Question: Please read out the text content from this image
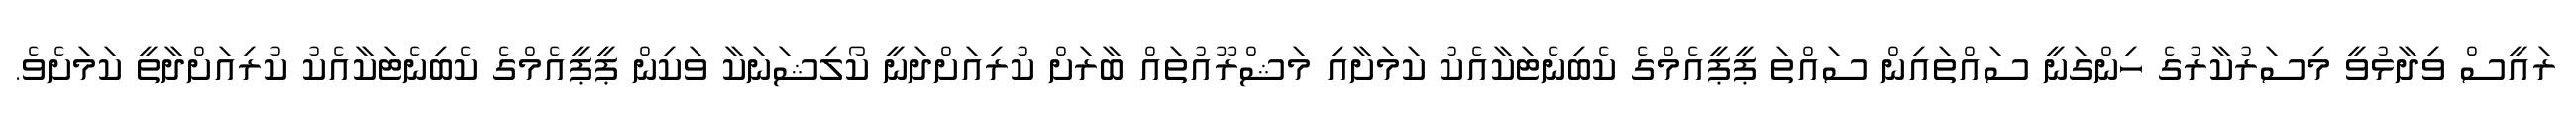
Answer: ރައީސް ވިދާޅުވީ މިސަރުކާރުގެ ހިންގަނީ ސައްތައިން ސައްތަ ޕީޕީއެމްގެ ކެބިނެޓަކާއެކު ކަމަށާއި މަޝްރޫއުތައް ބާރަށް ކުރިއަށްދަނީ ކޯލިޝަނަކާ ވަކިން ޕީޕީއެމްގެ ކެބިނެޓަކާއެކު ކުރިއަށްދާތީ ކަމަށެވެ.